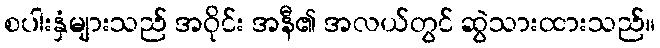
စပါးနှံများသည် အဝိုင်း အနီ၏ အလယ်တွင် ဆွဲသားထားသည်။